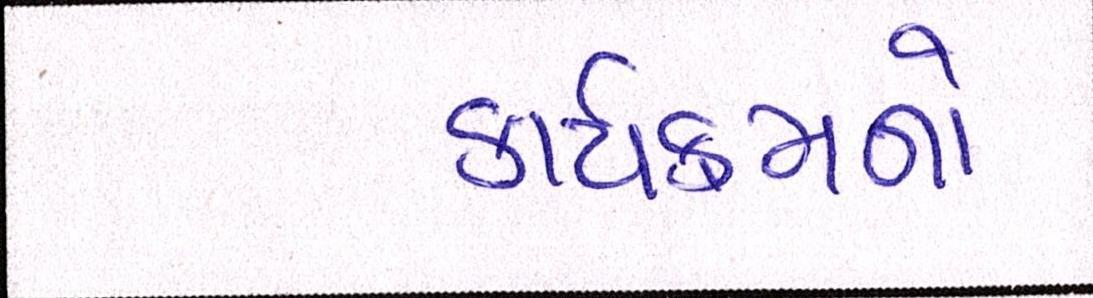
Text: કાર્યક્રમનો